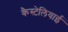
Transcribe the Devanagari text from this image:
कैस्टेलियाई